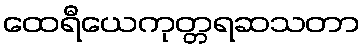
ထေရီယေကုတ္တရဆသတာ